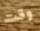
وقت